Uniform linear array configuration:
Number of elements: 32
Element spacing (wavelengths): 0.5
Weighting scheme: uniform
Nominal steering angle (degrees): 30
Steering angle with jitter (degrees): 31.957
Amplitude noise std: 0.05
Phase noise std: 0.05

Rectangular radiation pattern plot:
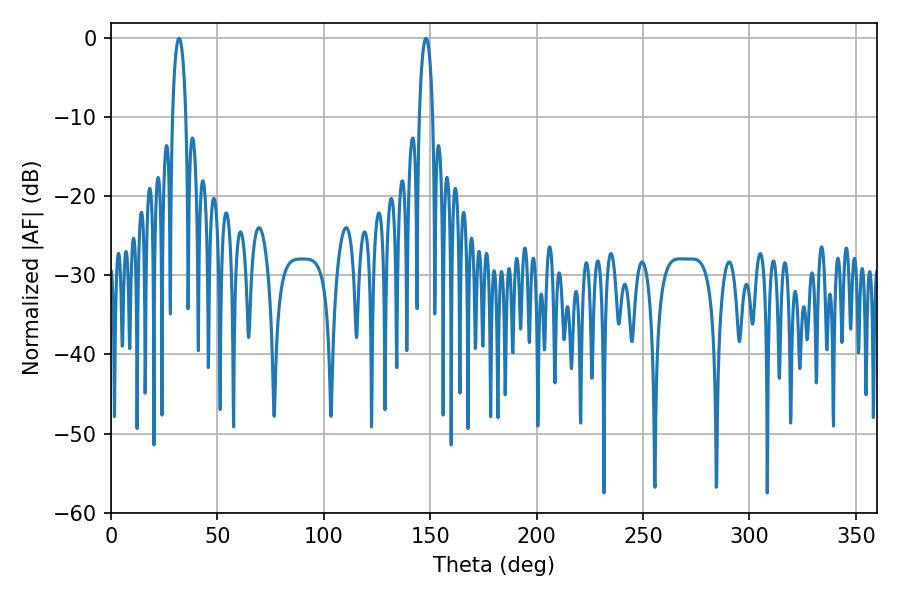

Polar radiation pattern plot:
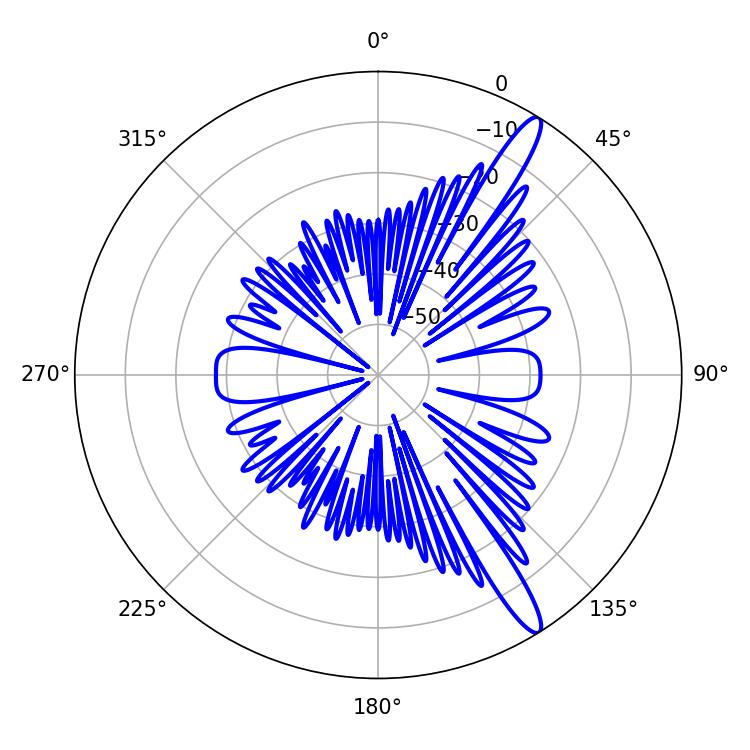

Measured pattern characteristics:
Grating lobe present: FALSE
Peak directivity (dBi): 14.114
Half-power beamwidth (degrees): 3.6
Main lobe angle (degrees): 32.04